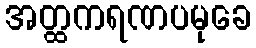
အတ္ထကရဏပမုခေ